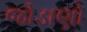
જોડાણો